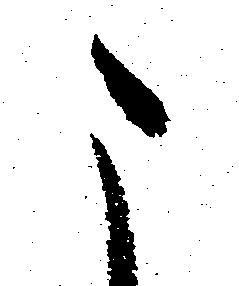
こ